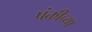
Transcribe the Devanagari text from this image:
पंक्तीच्या